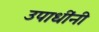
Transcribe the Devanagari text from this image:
उपाधींनी